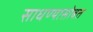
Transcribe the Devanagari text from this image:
साधण्यासोबत